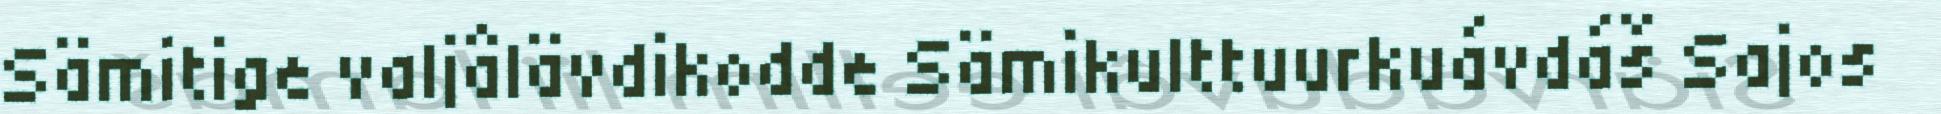
Sämitige valjâlävdikodde Sämikulttuurkuávdáš Sajos